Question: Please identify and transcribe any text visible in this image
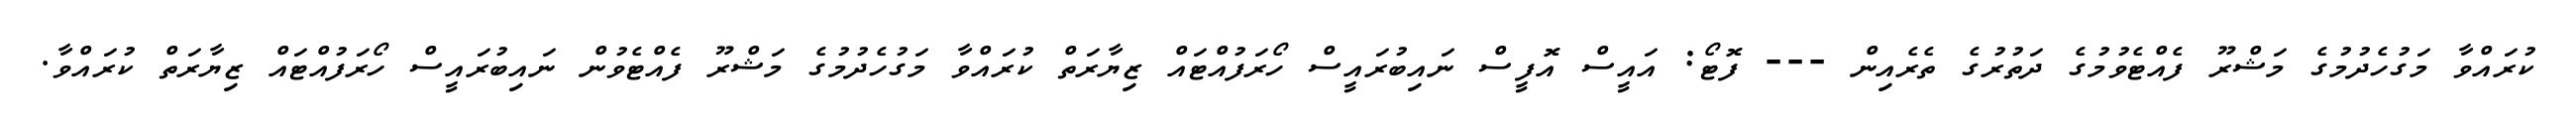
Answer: ކުރައްވާ މަގުހެދުމުގެ މަޝްރޫ ފެއްޓެވުމުގެ ދަތުރުގެ ތެރެއިން --- ފޮޓޯ: އައީސް އޮފީސް ނައިބުރައީސް ހޯރަފުއްޓައް ޒިޔާރަތް ކުރައްވާ މަގުހެދުމުގެ މަޝްރޫ ފެއްޓެވުން ނައިބުރައީސް ހޯރަފުއްޓައް ޒިޔާރަތް ކުރައްވާ.